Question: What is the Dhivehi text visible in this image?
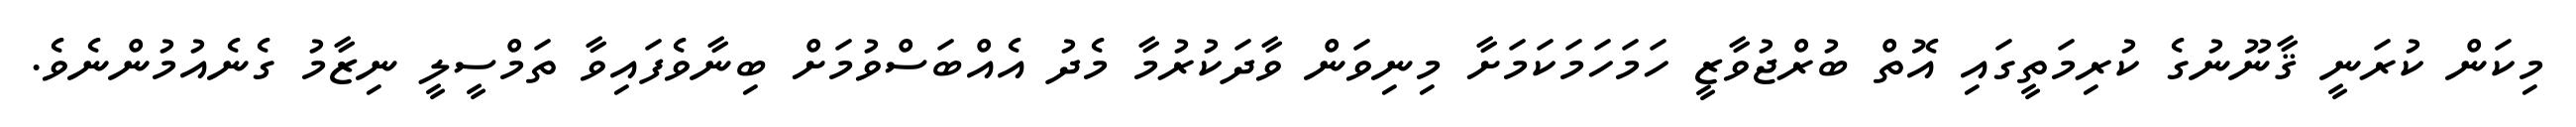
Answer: މިކަން ކުރަނީ ޤާނޫނުގެ ކުރިމަތީގައި އޮތް ބުރްޖުވާޒީ ހަމަހަމަކަމަށާ މިނިވަން ވާދަކުރުމާ މެދު އެއްބަސްވުމަށް ބިނާވެފައިވާ ތަމްސީލީ ނިޒާމު ގެނެއުމުންނެވެ.